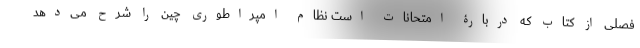
فصلی از کتاب که دربارۀ امتحانات است نظامِ امپراطوریِ چین را شرح می‌دهد